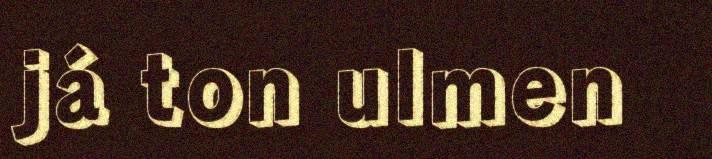
já ton ulmen